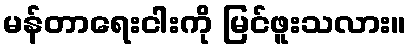
မန်တာရေးငါးကို မြင်ဖူးသလား။